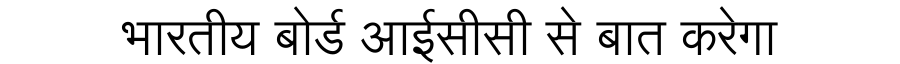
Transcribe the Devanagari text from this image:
भारतीय बोर्ड आईसीसी से बात करेगा